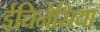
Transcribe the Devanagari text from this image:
ईचिनेसिया